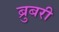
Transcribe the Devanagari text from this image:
ब्रुबरी